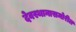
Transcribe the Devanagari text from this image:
देवस्थानासमोरील